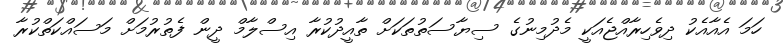
ހަމަ އެއާއެކު ދިވެހިރާއްޖެއަކީ މެދުމިނުގެ ސިޔާސަތުތަކަށް ތާއީދުކުރާ އިސްލާމް ދީން ފެތުރުމަށް މަސައްކަތްކުރާ